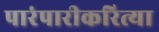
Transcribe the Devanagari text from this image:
पारंपारीकरित्या